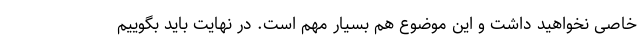
خاصی نخواهید داشت و این موضوع هم بسیار مهم است. در نهایت باید بگوییم